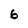
Character: 6